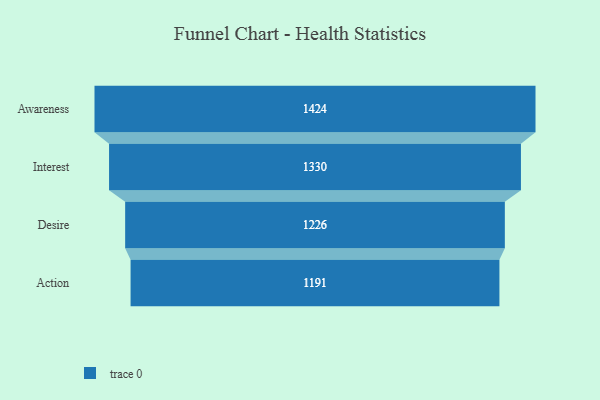
{"axis": {"x": "Stage", "y": "Value"}, "legend": [""], "data": [{"x": "Awareness", "y": 1424.0, "type": ""}, {"x": "Interest", "y": 1330.0, "type": ""}, {"x": "Desire", "y": 1226.0, "type": ""}, {"x": "Action", "y": 1191.0, "type": ""}]}